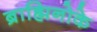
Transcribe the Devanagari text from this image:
ब्राह्मिनोके